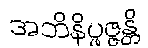
အဘိနိပ္ဖဇ္ဇန္တိ